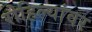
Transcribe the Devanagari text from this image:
रोहिल्यांवर